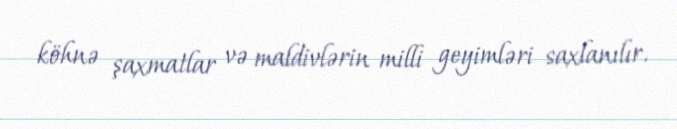
köhnə şaxmatlar və maldivlərin milli geyimləri saxlanılır.